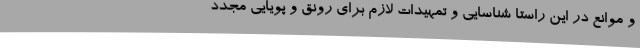
و موانع در این راستا شناسایی و تمهیدات لازم برای رونق و پویایی مجدد